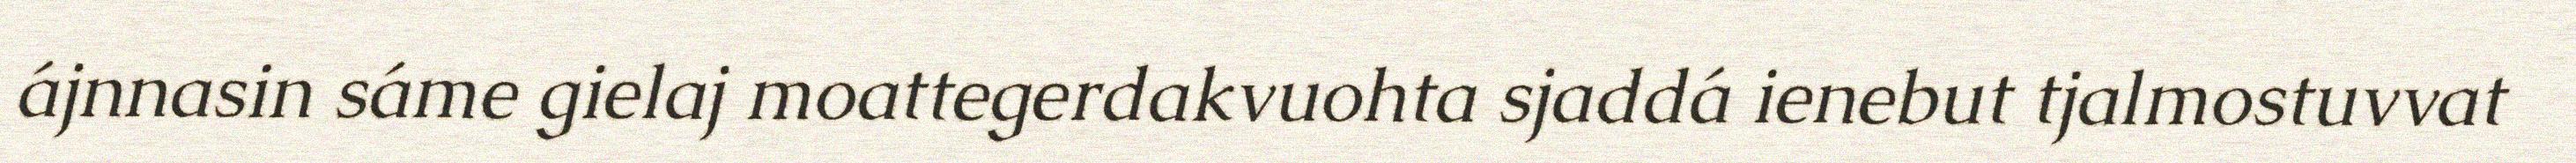
ájnnasin sáme gielaj moattegerdakvuohta sjaddá ienebut tjalmostuvvat